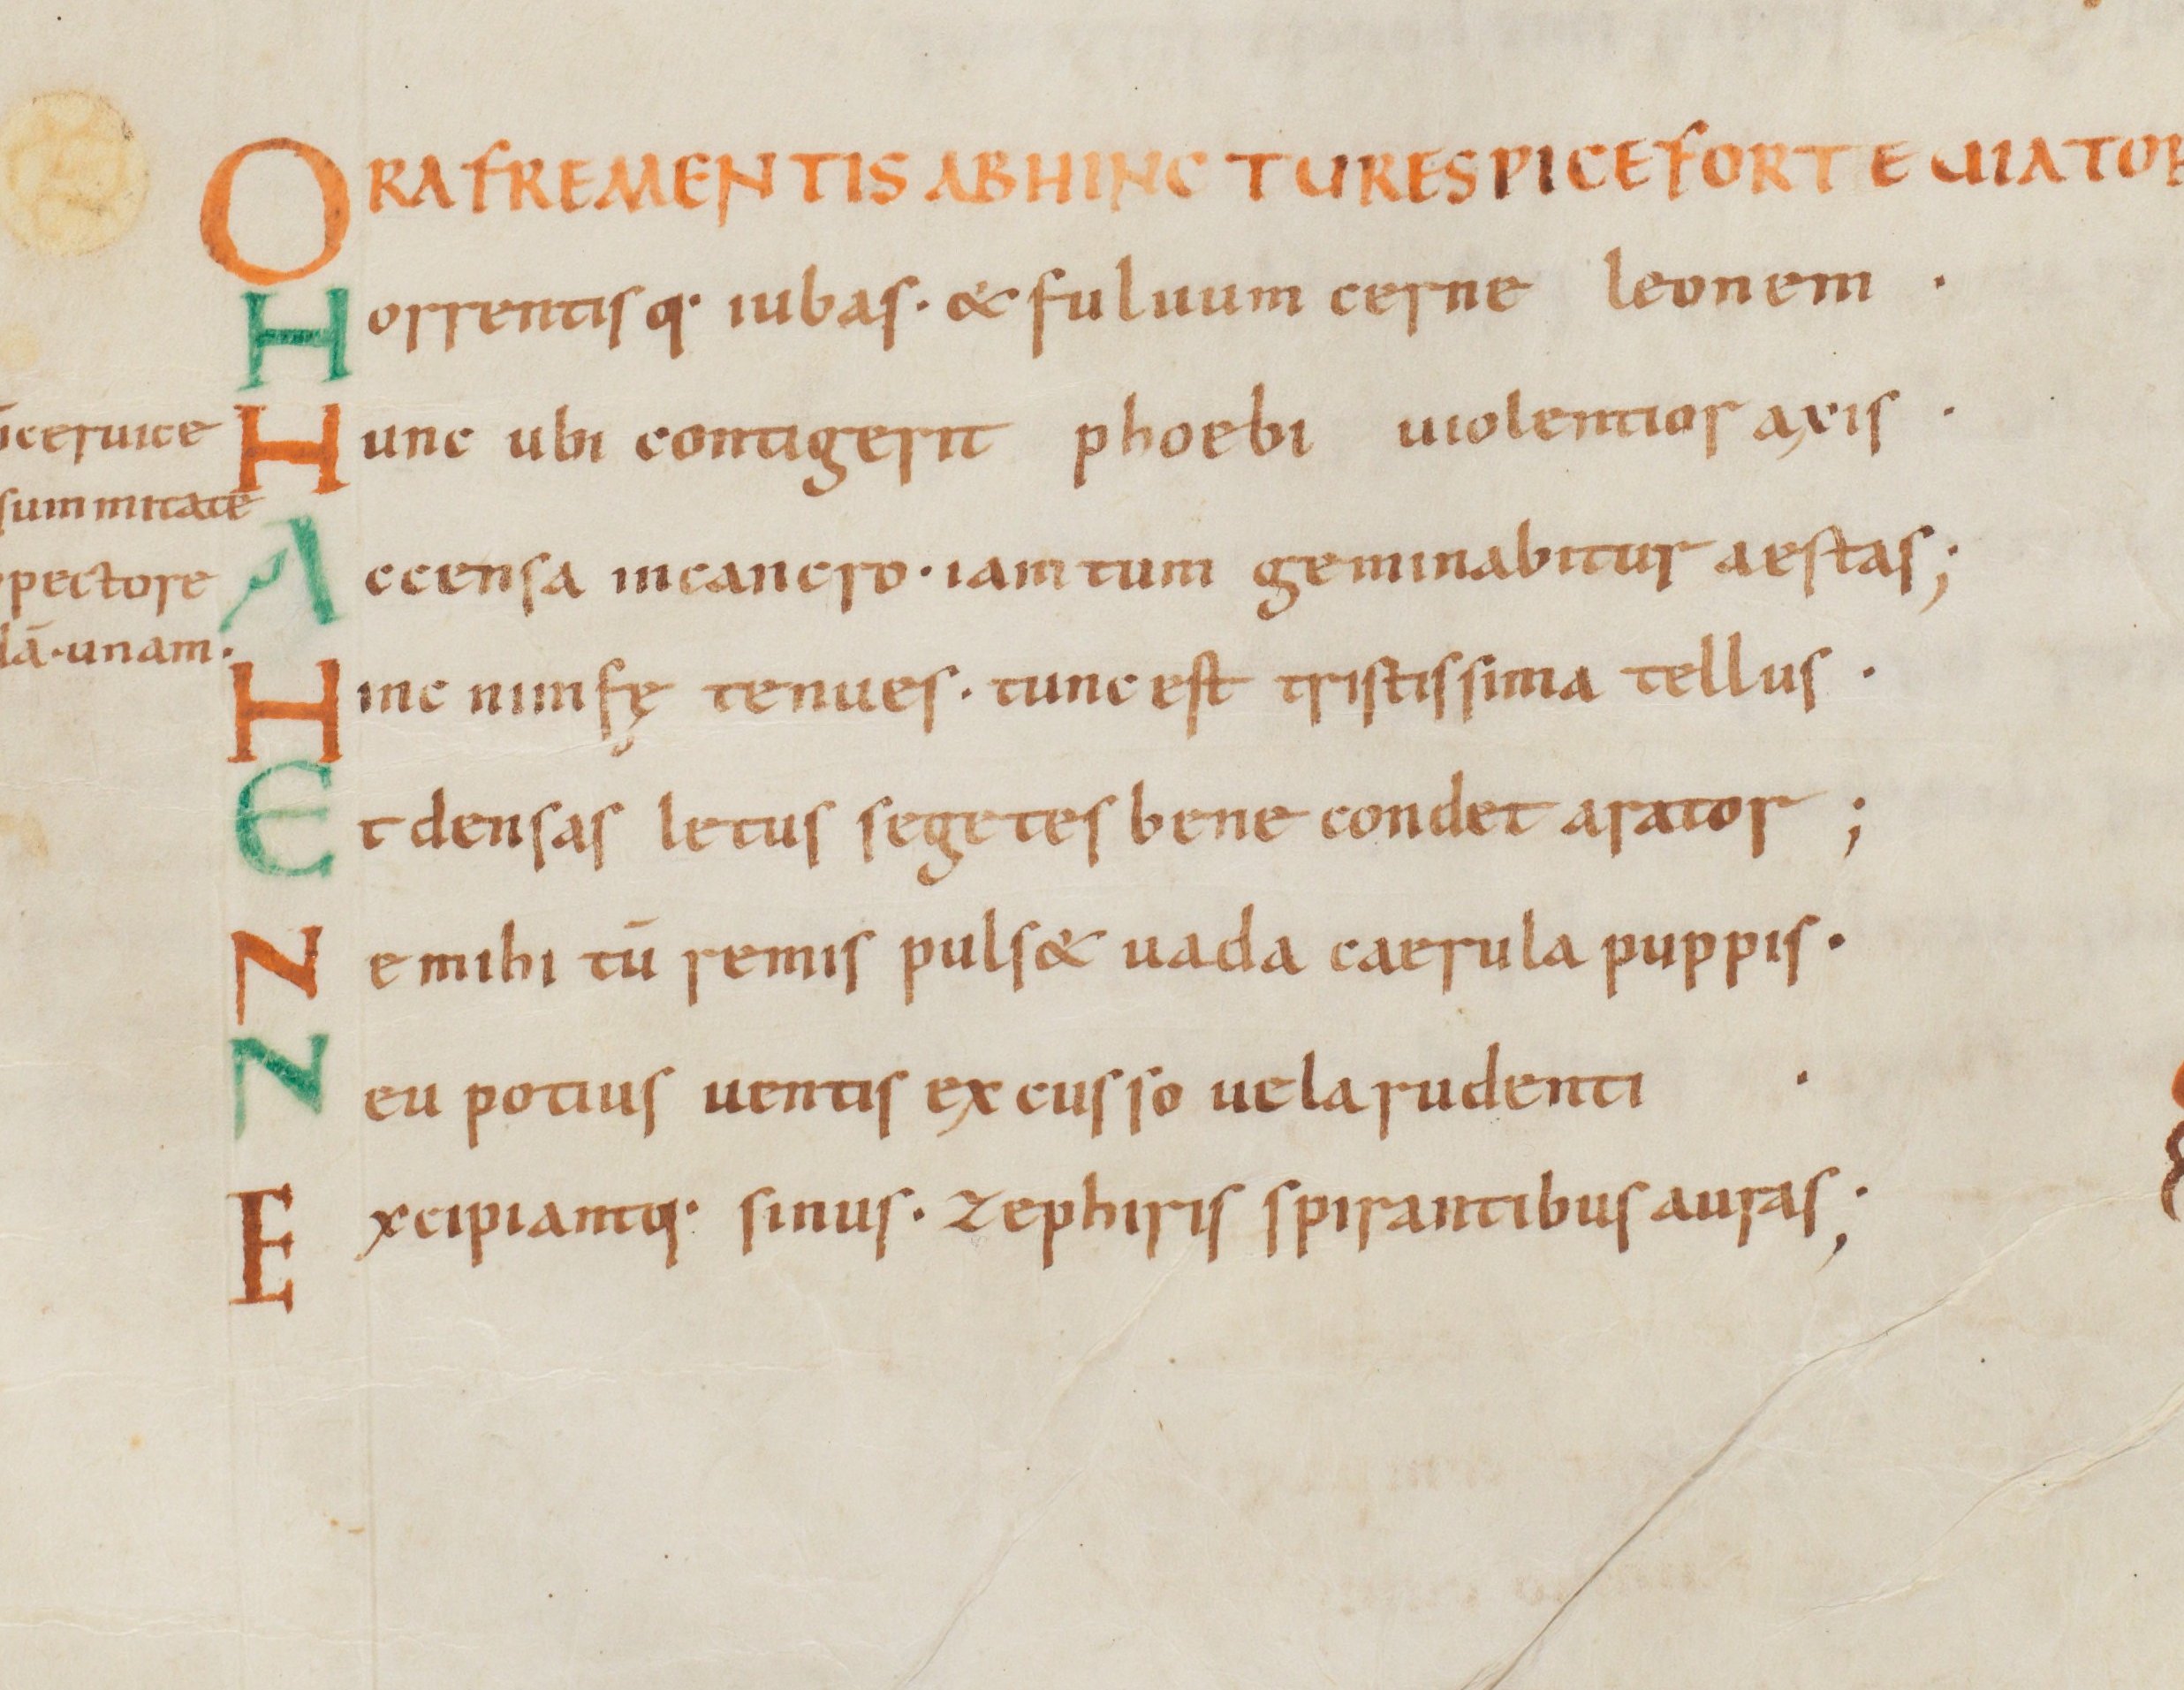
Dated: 1000–1028